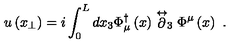
u \left( x _ { \perp } \right) = i \int _ { 0 } ^ { L } d x _ { 3 } \Phi _ { \mu } ^ { \dagger } \left( x \right) \stackrel { \leftrightarrow } { \partial } _ { 3 } \Phi ^ { \mu } \left( x \right) \ .